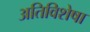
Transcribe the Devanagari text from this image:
अतिविशेषा